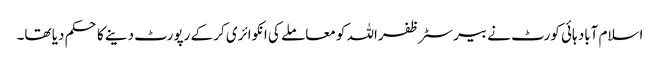
اسلام آباد ہائی کورٹ نے بیرسٹر ظفراللہ کو معاملے کی انکوائری کر کے رپورٹ دینے کا حکم دیا تھا۔